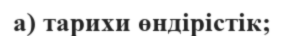
а) тарихи өндірістік;